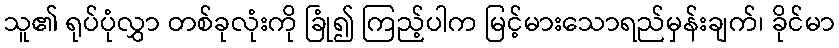
သူ၏ ရုပ်ပုံလွှာ တစ်ခုလုံးကို ခြုံ၍ ကြည့်ပါက မြင့်မားသောရည်မှန်းချက်၊ ခိုင်မာ